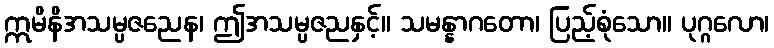
ဣမိနိအသမ္ပဇညေန၊ ဤအသမ္ပဇညနှင့်။ သမန္နာဂတော၊ ပြည့်စုံသော။ ပုဂ္ဂလော၊